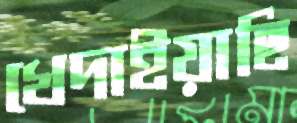
খেদাইয়াছি